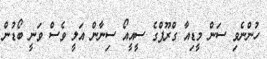
ހުންނެވި ސަން މީޑިއާ ގްރޫޕްގެ ސީއީއޯ ސިނާން އަލީ ވެސް ވަނީ ބޯޑުން